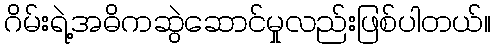
ဂိမ်းရဲ့အဓိကဆွဲဆောင်မှုလည်းဖြစ်ပါတယ်။